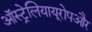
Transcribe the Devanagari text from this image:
ऑस्ट्रेलियायूरोपऔर